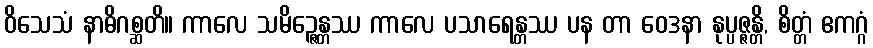
ဝိသေသံ နာဓိဂစ္ဆတိ။ ကာလေ သမိဉ္ဇေန္တဿ ကာလေ ပသာရေန္တဿ ပန တာ ဝေဒနာ နုပ္ပဇ္ဇန္တိ, စိတ္တံ ဧကဂ္ဂံ